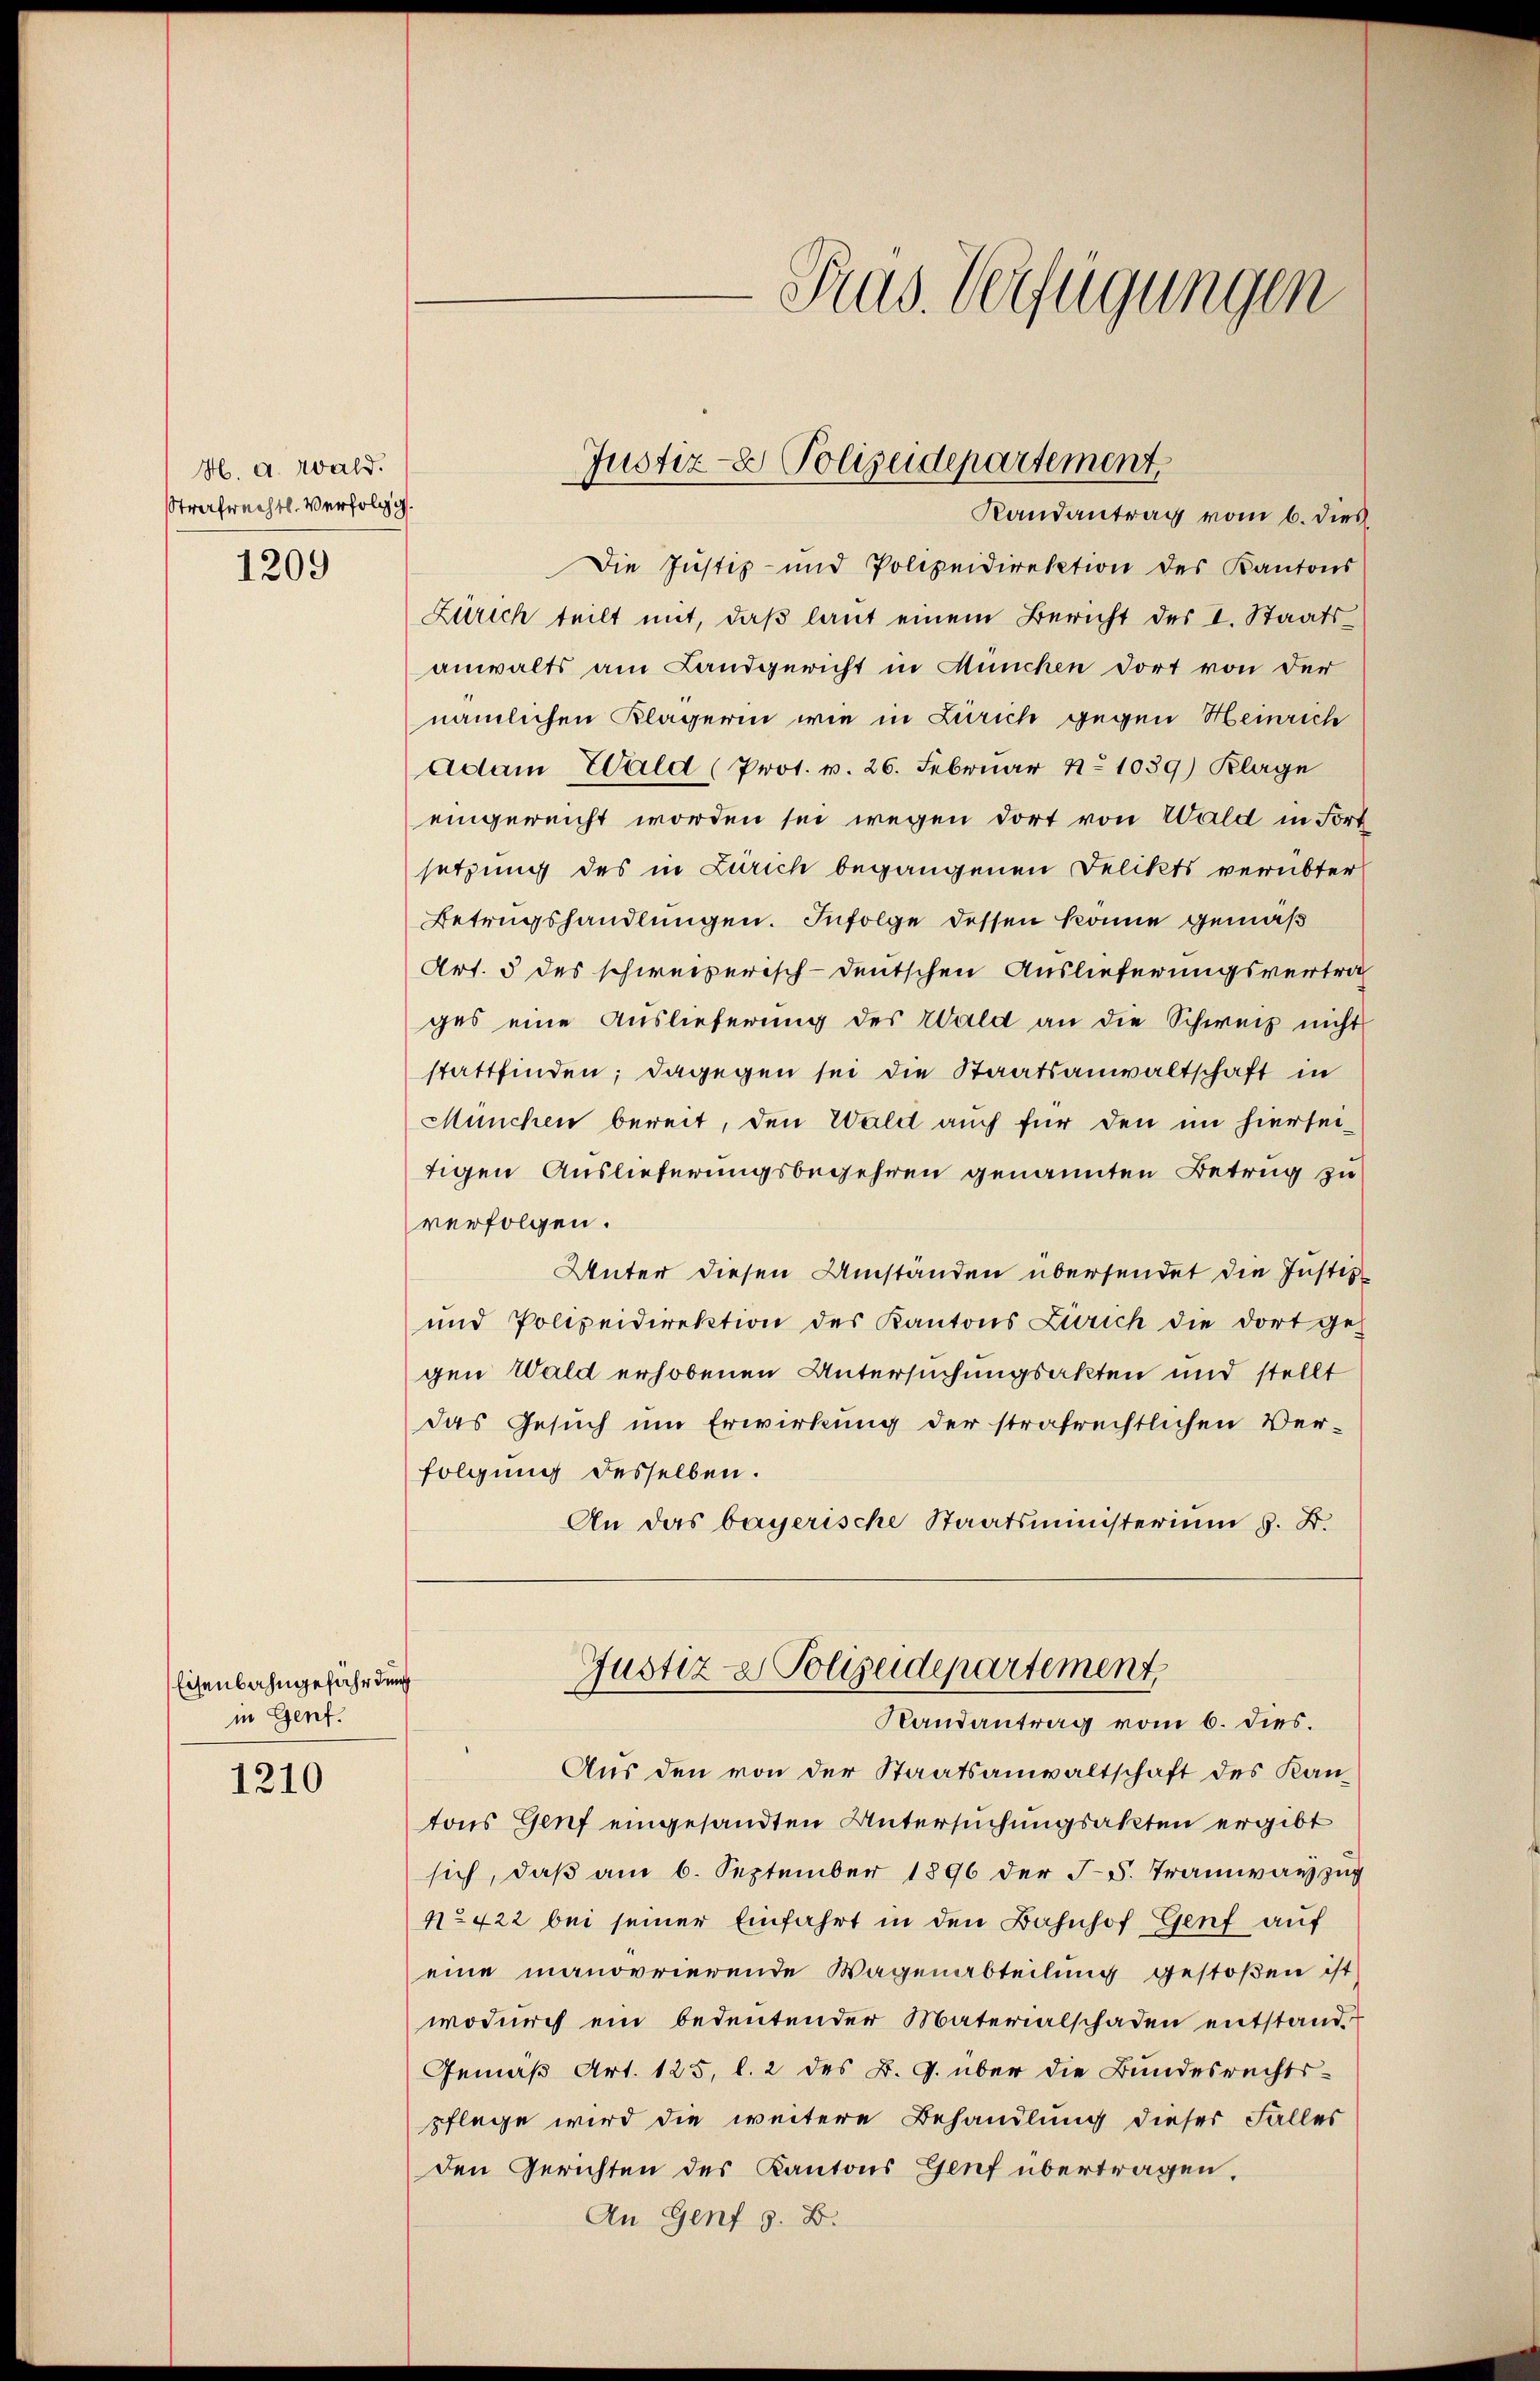
H. a. Wald.
Strafrechtl. Verfolg g

1209

Eisenbahngefährdung
in Genf.

1210

Pras. Verfügungen

Die Justiz- und Polizeidirektion des Kantons
Zürich teilt mit, daß laut einem Bericht des I. Staatsanwalts am Landgericht in München dort von der
nämlichen Klägerin wie in Zürich gegen Heinrich
Adam Wald (Prot. v. 26. Februar No 1039) Klage
eingereicht worden sei wegen dort von Wald in Fort
setzung des in Zürich begangenen Felikts verübter
Betrugshandlungen. Infolge dessen könne gemäß
Art. 5 des schweizerisch-deutschen Auslieferungsvertra
ges eine Auslieferung des Wald an die Schweiz nicht
stattfinden; dagegen sei die Staatsanwaltschaft in
München bereit, den Wald auch für den im hierseitigen Auslieferungsbegehren genannten Betrug zu
verfolgen.
Unter diesen Umständen übersendet die Justiz
und Polizeidirektion des Kantons Zürich die dort ge-
gen Wald erhobenen Untersuchungsakten und stellt
das Gesuch um Erwirkung der strafrechtlichen Ver-
folgung desselben.
An das bayerische Staatsministerium z. B.
Justiz- & Polizeidepartement
Randantrag vom 6. dies.
Aus den von der Staatsanwaltschaft des Kan-
tons Genf eingesandten Untersuchungsakten ergibt
sich, daß am 6. September 1896 der J. Tramwayzug
N° 422 bei seiner Einfahrt in den Bahnhof Genf auf
eine manovrierende Wagenabteilung gestoßen ist
wodurch ein bedeutender Materialschaden entstand
Gemäß Art. 125, l. 2 des B. G. über die Bundesrechts-
pflege wird die weitere Behandlung dieser Falles
den Gerichten des Kantons Genf übertragen.
An Genf s. B.

Justiz- & Polizeidepartement.
Randantrag vom 6. dies